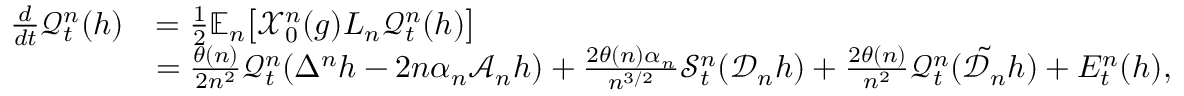
\begin{array} { r l } { \frac { d } { d t } \mathscr { Q } _ { t } ^ { n } ( h ) } & { = \frac { 1 } { 2 } \mathbb { E } _ { n } \big [ \mathcal { X } _ { 0 } ^ { n } ( g ) L _ { n } \mathcal { Q } _ { t } ^ { n } ( h ) \big ] } \\ & { = \frac { \theta ( n ) } { 2 n ^ { 2 } } \mathscr { Q } _ { t } ^ { n } ( \Delta ^ { n } h - 2 n \alpha _ { n } \mathscr { A } _ { n } h ) + \frac { 2 \theta ( n ) \alpha _ { n } } { n ^ { 3 / 2 } } \mathscr { S } _ { t } ^ { n } ( \mathscr { D } _ { n } h ) + \frac { 2 \theta ( n ) } { n ^ { 2 } } \mathscr { Q } _ { t } ^ { n } ( \tilde { \mathscr { D } _ { n } } h ) + E _ { t } ^ { n } ( h ) , } \end{array}